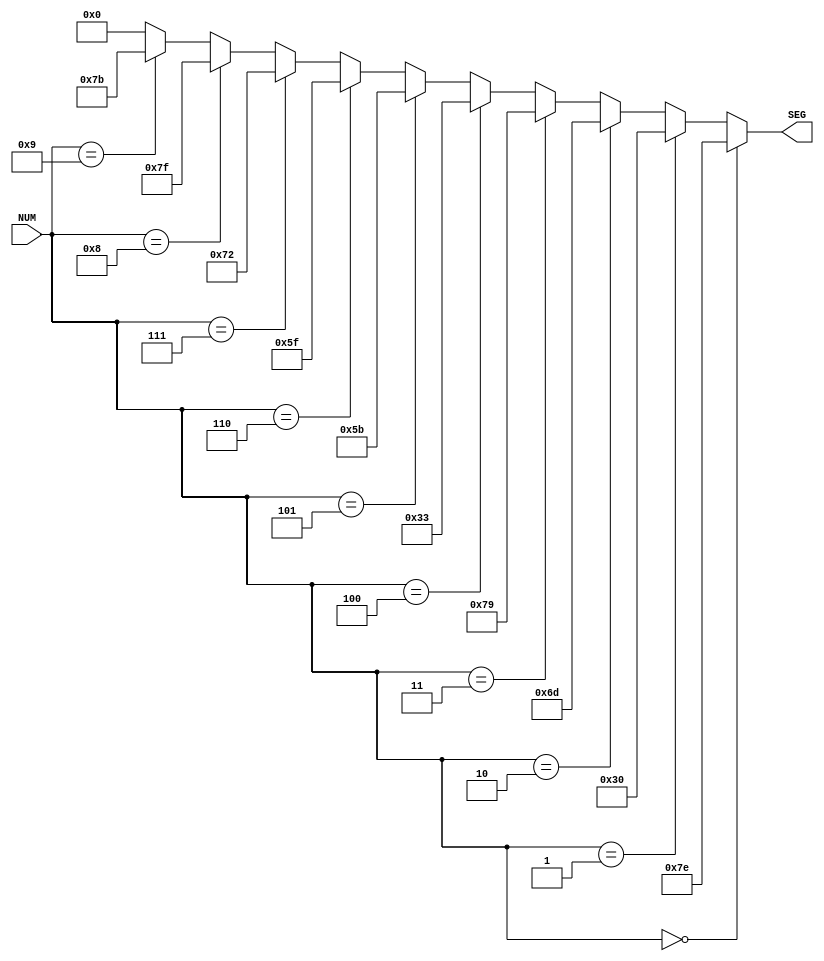
`timescale 1ns / 1ps
//////////////////////////////////////////////////////////////////////////////////
// Company:
// Engineer:
//
// Design Name:
// Module Name:    bcd_to_7_dataflow
// Project Name:
// Target Devices:
// Tool versions:
// Description:
//
// Dependencies:
//
// Revision:
// Revision 0.01 - File Created
// Additional Comments:
//
//////////////////////////////////////////////////////////////////////////////////
module bcd_to_7_dataflow(
    input [3:0] NUM,
    output [6:0] SEG
    );

    assign SEG = (NUM == 4'b0000) ? 7'b1111110 :
				 (NUM == 4'b0001) ? 7'b0110000 :
				 (NUM == 4'b0010) ? 7'b1101101 :
				 (NUM == 4'b0011) ? 7'b1111001 :
				 (NUM == 4'b0100) ? 7'b0110011 :
				 (NUM == 4'b0101) ? 7'b1011011 :
				 (NUM == 4'b0110) ? 7'b1011111 :
				 (NUM == 4'b0111) ? 7'b1110010 :
				 (NUM == 4'b1000) ? 7'b1111111 :
				 (NUM == 4'b1001) ? 7'b1111011 :
				 7'b0000000;

endmodule